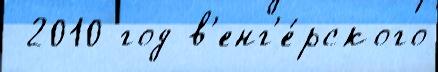
 2010 год в'енг'е́рского